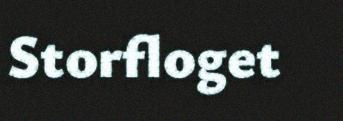
Storfloget